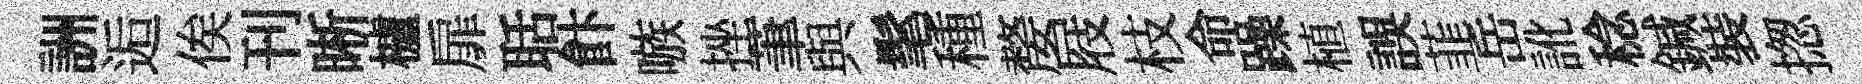
詶逅俟刊晰櫨扉聒飰嗾挫茟與髦種嫠屐枝命躁植誤韮岳訛稔鍼裝揔